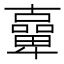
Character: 𠧉